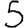
Digit: 5